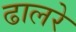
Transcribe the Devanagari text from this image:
ढालरे